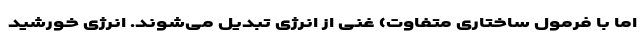
اما با فرمول ساختاری متفاوت) غنی از انرژی تبدیل می‌شوند. انرژی خورشید